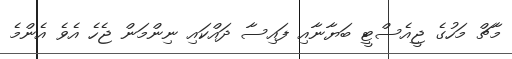
މާޗް މަހުގެ ޖީއެސްޓީ ބަޔާނާއި ފައިސާ ދައްކައި ނިންމަން ޖެހެ އެވެ އެންމެ